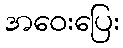
အဝေးပြေး